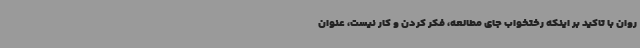
روان با تاکید بر اینکه رختخواب جای مطالعه، فکر کردن و کار نیست، عنوان